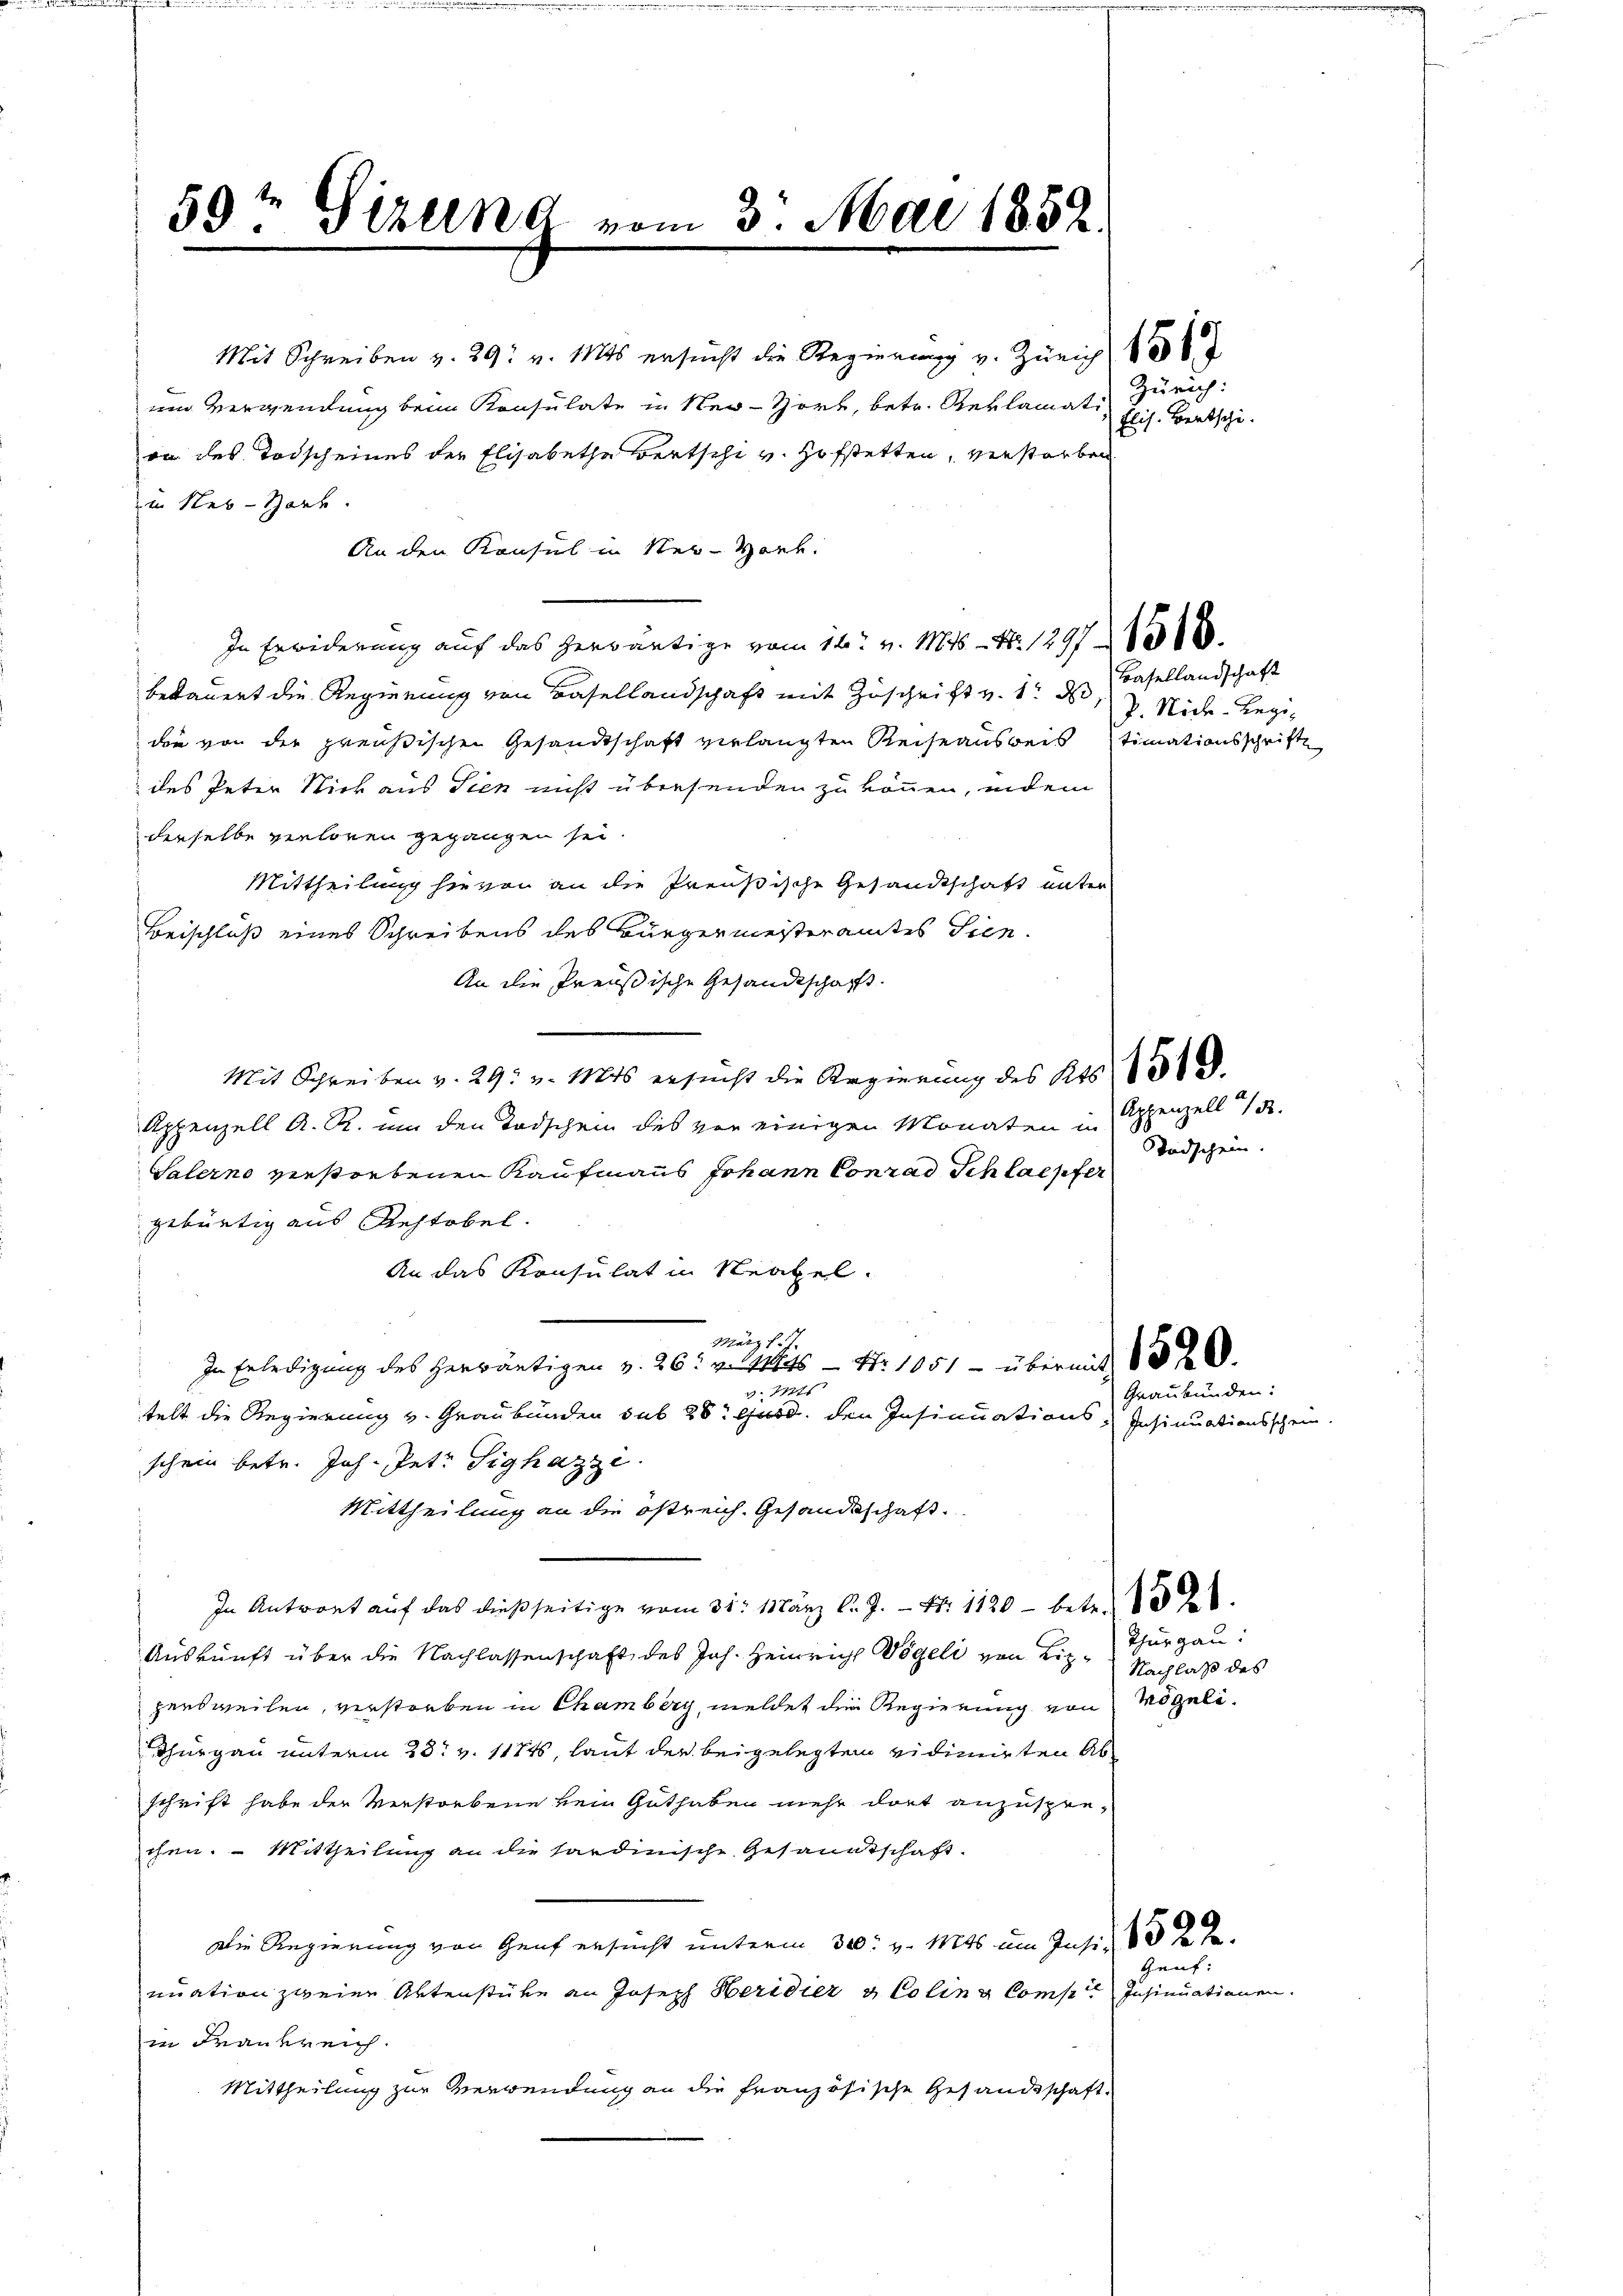
59t Serena vom 3. Mai 1852.

Mit Schreiben z. 29. v. 11 ersŭcht die Regierung v. Zürich 156
um Verwendung beim Konsulate in New-York, betr. Reklamate Zürich.
va des Todscheines der Elisabetha Bertschi v. Hofstetten, verstorben
in Reb-Hark.
An den Konsul in New-York.
In Erwiderung auf das herwärtige vom 16. v. Mts. N. 1297 § 1316.
bedauert die Regierung von Basellandschaft mit Zuschrift v. 1. d. Basellandschaft
die von der preußischen Gesandtschaft verlangten Reiseausweis
des Peter Stick aus Sien nicht übersenden zu können, indem
derselbe verloren gegangen sei
Mittheilung hievon an die Preußische Gesandtschaft unter
Beischluß eines Schreibens des Bürgermeisteramtes Sien¬
An die Preußische Gesandtschafft.
Mit Schreiben v. 29. v. Mts ersucht die Regierung des Kts.
Appenzell A. R. um den Todschein des von einigen Monaten in
Salerno verstorbenen Kaufmanns Johann Conrad Ich laepfer
gebürtig aus Rechtobel.
An das Konsulat in Neapel.
März l.J.
In Erledigung des herwärtigen v. 26. v. Mts. — Nr. 1051 - übermit
v. Mts
telt die Regierung v. Graubünden sub 28. Gerd den Insinuations-Insinuationsschein.
schein betr. Joh. Petr. Sighazze
Mittheilung an die östreich. Gesandtschaft.
In Antwort auf das dießseitige vom 31. März l. J. N. 1120 - betr.
Auskunft über die Nachlassenschaft des Joh. Heinrich Vögeli von Lize Nachlaß des
persweilen, verstorben in Chamberg, meldet die Regierung von Mögeli¬
Thurgau unterm 23t v. 1171, laut der beigelegten vidimirten Abschrift habe der Verstorbene kein Guthaben mehr dort anzusprechen. – Mittheilung an die sardinische Gesandtschaft.
Die Regierung von Genf ersucht unterm 30. v. Mts im Insi
nuation zweien Aktenstüke an Joseph Heridier & Colina Compete Insinuationen.
in Frankreich.
Mittheilung zur Verwendung an die französische Gesandtschaft

Elis. Bertschi

P. Nicke-Regitimationsschrift

Appenzell 1/3.
Todschein.

Graubünden:

Thurgau:

Gent: